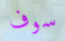
سوف